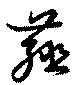
薤